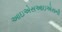
આઇએસઆઇએસની